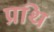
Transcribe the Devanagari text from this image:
प्रथि